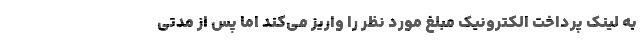
به لینک پرداخت الکترونیک مبلغ مورد نظر را واریز می‌کند اما پس از مدتی